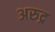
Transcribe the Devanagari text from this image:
अरुद्र